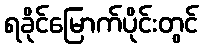
ရခိုင်မြောက်ပိုင်းတွင်